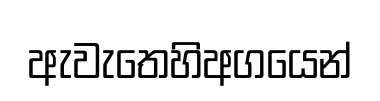
ඇවැතෙහිඅගයෙන්